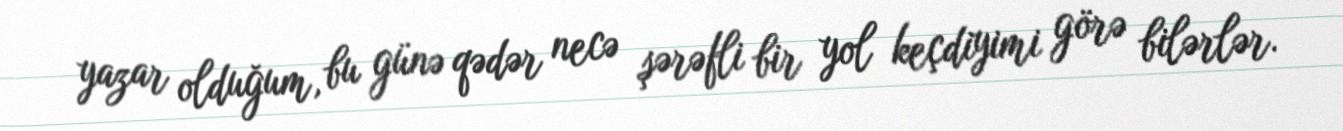
yazar olduğum, bu günə qədər necə şərəfli bir yol keçdiyimi görə bilərlər.